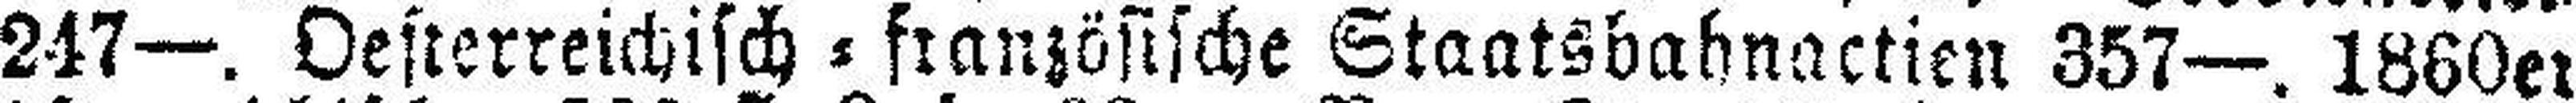
247—. Oesterreichisch=französische Staatsbahnactien 357—. 1860er